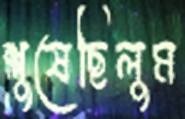
শুষেছিলুম